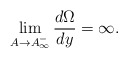
\begin{align*}\lim_{A \rightarrow A_{\infty}^-} \frac{d \Omega}{dy}= \infty.\end{align*}